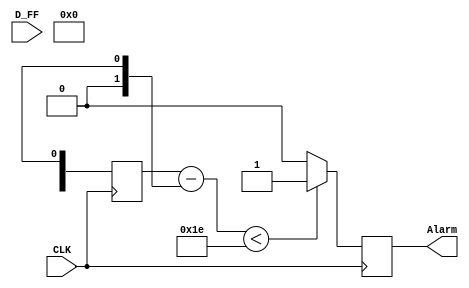
module vigilador(input CLK, input D_FF, output Alarm);

reg Alarm;
integer tCLK, tD;
wire [31:0] wW;
assign wW = tCLK - tD;

//Verificacion del tiempo set-up
always @ ( posedge CLK ) begin
  tCLK <= $realtime;
  if(wW < 32'd30) begin
    Alarm <= 1'b1;
  end else begin
    Alarm <= 1'b0;
  end
end

always @ ( D_FF ) begin
  tD <= $realtime;
end

endmodule